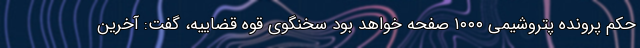
حکم پرونده پتروشیمی ۱۰۰۰ صفحه خواهد بود سخنگوی قوه قضاییه، گفت: آخرین